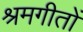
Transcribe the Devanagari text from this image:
श्रमगीतों